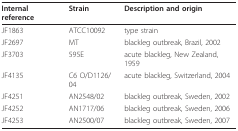
<table><thead><tr><td><b>Internal reference</b></td><td><b>Strain</b></td><td><b>Description and origin</b></td></tr></thead><tbody><tr><td>JF1863</td><td>ATCC10092</td><td>type strain</td></tr><tr><td>JF2697</td><td>MT</td><td>blackleg outbreak, Brazil, 2002</td></tr><tr><td>JF3703</td><td>595E</td><td>acute blackleg, New Zealand, 1959</td></tr><tr><td>JF4135</td><td>C6 O/D1126/04</td><td>acute blackleg, Switzerland, 2004</td></tr><tr><td>JF4251</td><td>AN2548/02</td><td>blackleg outbreak, Sweden, 2002</td></tr><tr><td>JF4252</td><td>AN1717/06</td><td>blackleg outbreak, Sweden, 2006</td></tr><tr><td>JF4253</td><td>AN2500/07</td><td>blackleg outbreak, Sweden, 2007</td></tr></tbody></table>